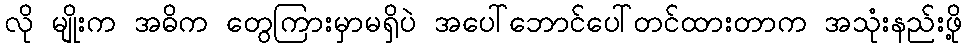
လို မျိုးက အဓိက တွေကြားမှာမရှိပဲ အပေါ်ဘောင်ပေါ်တင်ထားတာက အသုံးနည်းဖို့